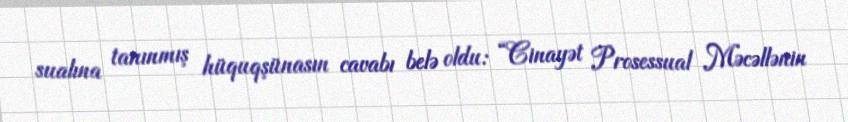
sualına tanınmış hüquqşünasın cavabı belə oldu: “Cinayət Prosessual Məcəllənin